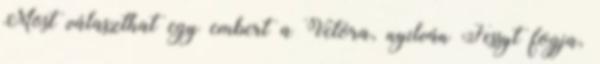
Most választhat egy embert a Vetora, nyilván Fessyt fogja,